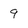
Character: 9